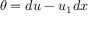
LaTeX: \theta = d u - u _ { 1 } d x